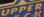
UPPER